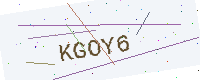
Text: KGOY6